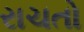
રાચતો